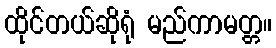
ထိုင်တယ်ဆိုရုံ မည်ကာမတ္တ။